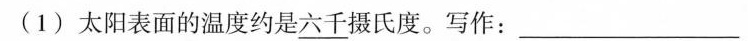
(1)太阳表面的温度约是\underline{六千}摄氏度。写作：___